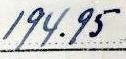
194.95